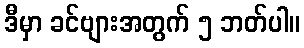
ဒီမှာ ခင်ဗျားအတွက် ၅ ဘတ်ပါ။